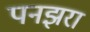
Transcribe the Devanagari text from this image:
पनझरा